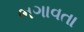
ભગાવતા